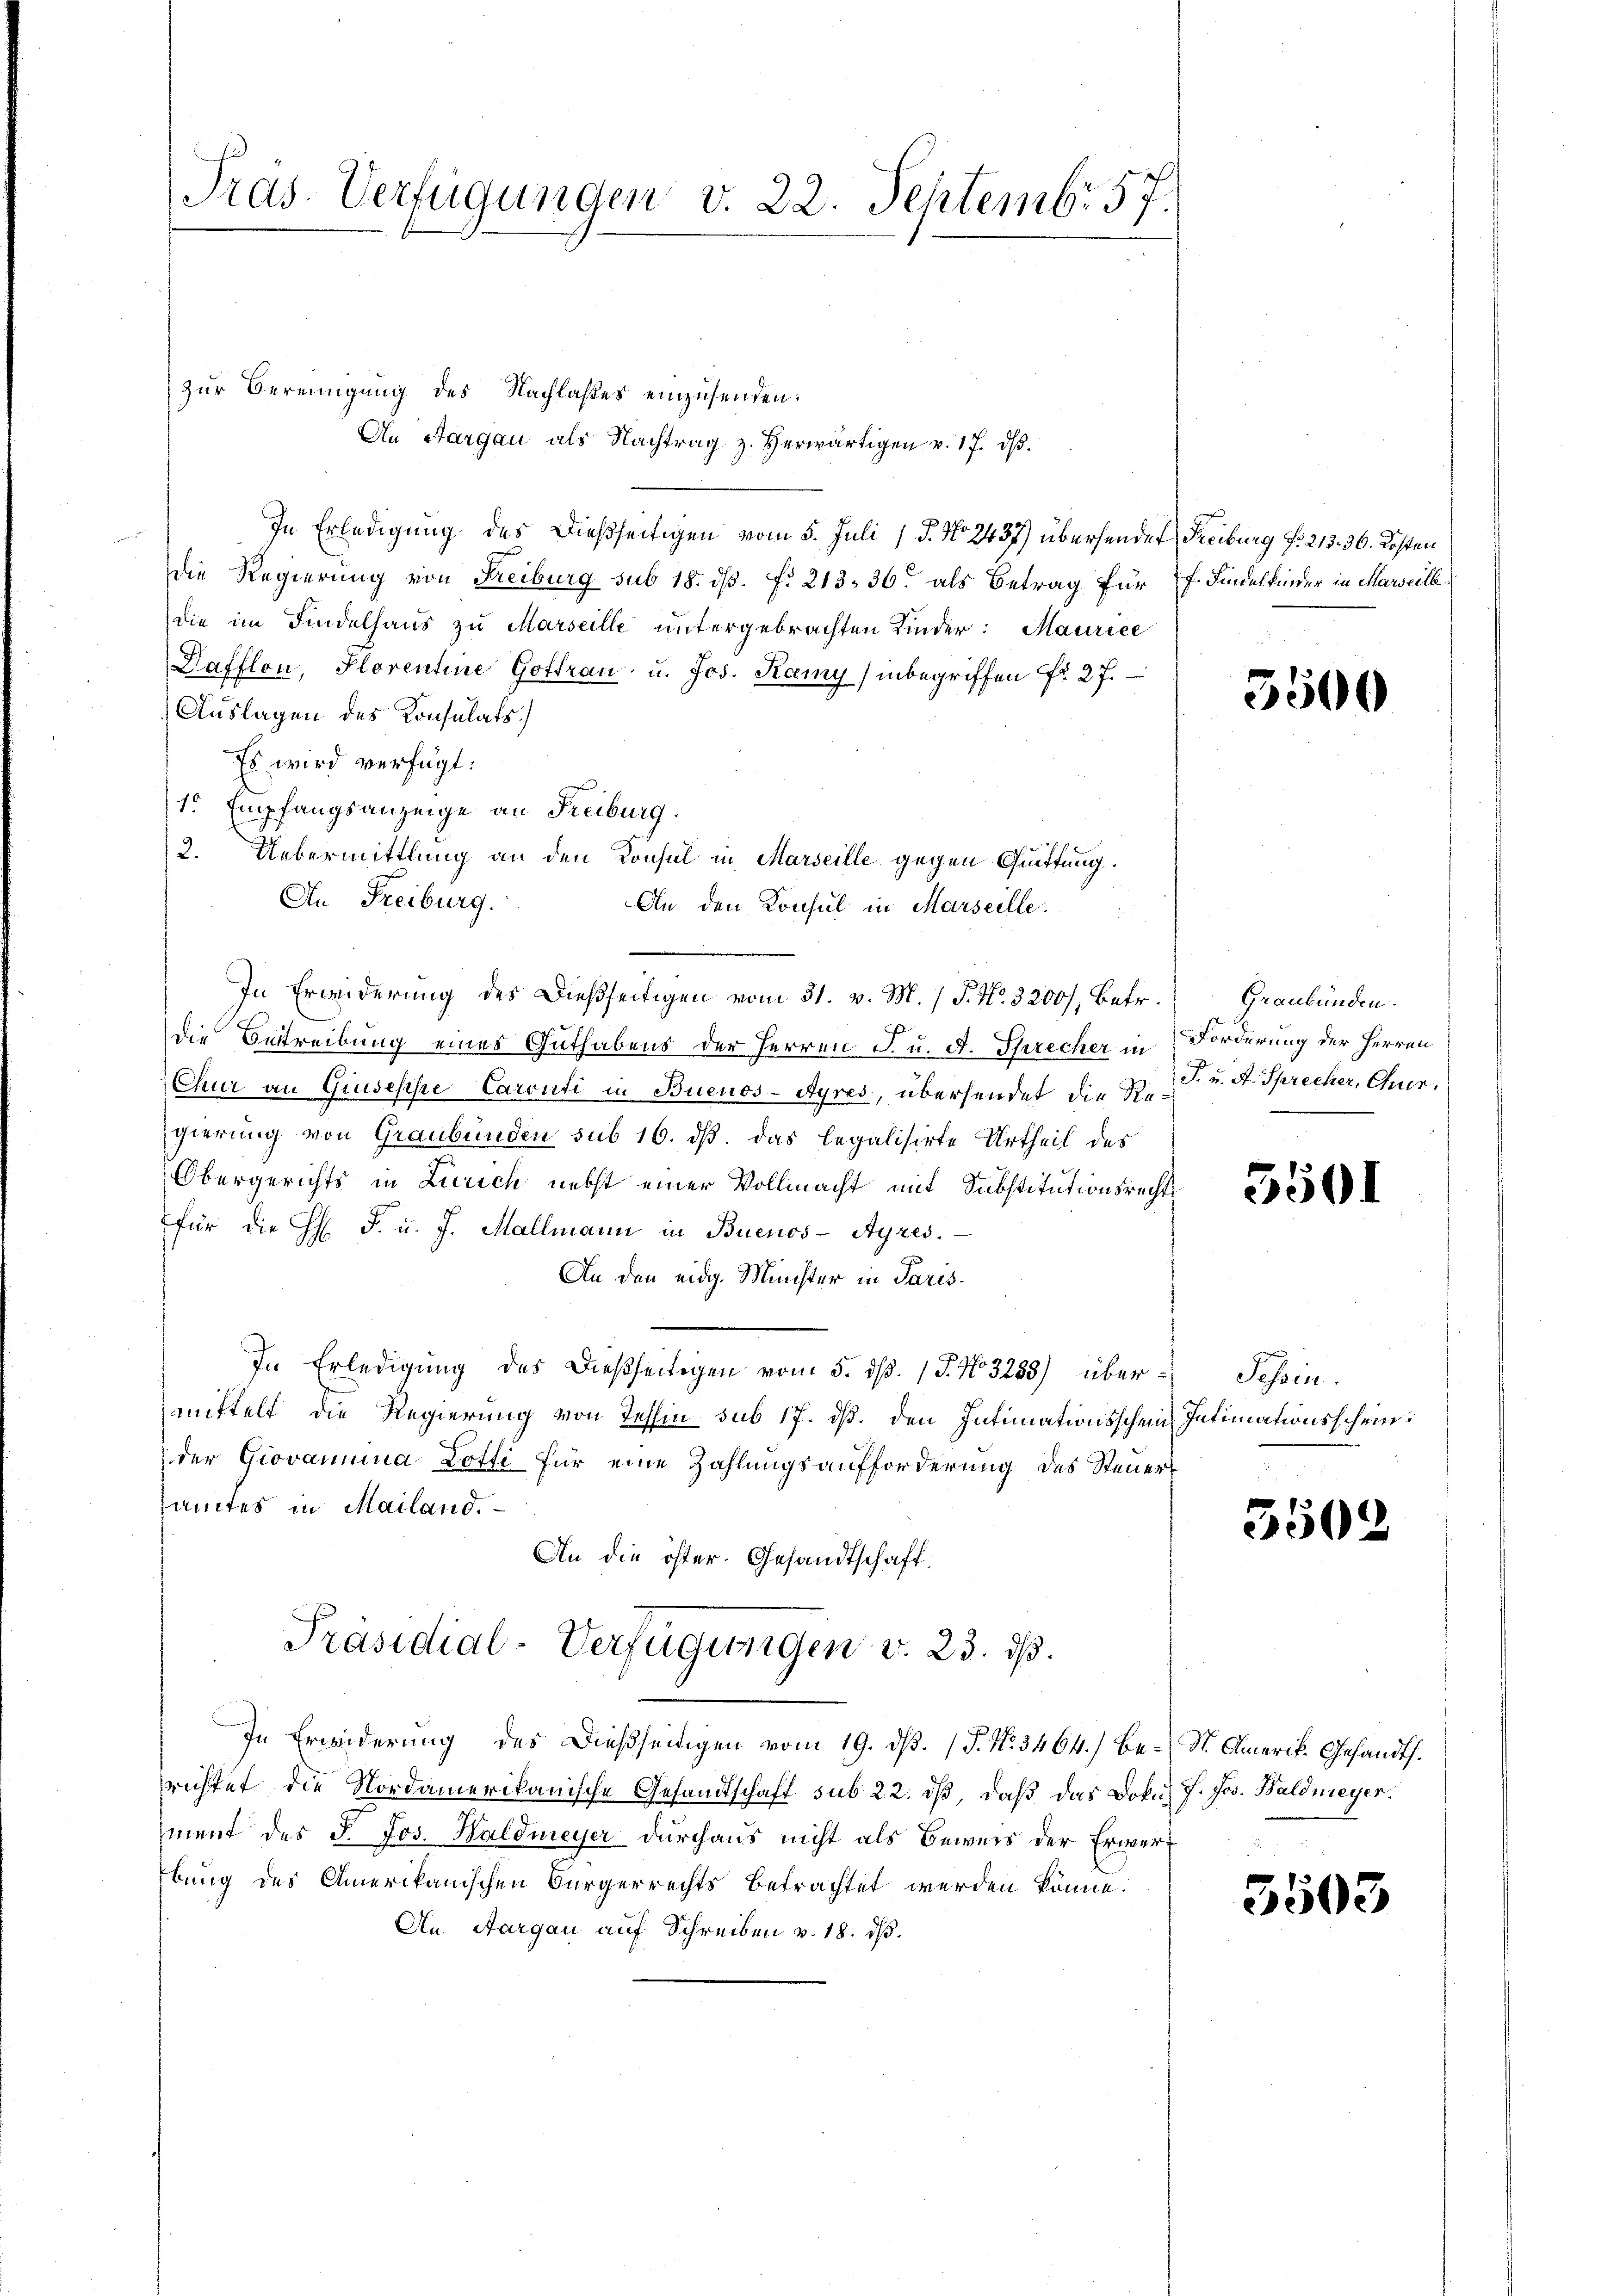
Pras. Verfügungen v. 22. Septembr 57.

zur Bereinigung des Nachlaßes einzusenden:
An Aargau als Nachtrag z. Herwärtigen v. 17. dβ.
In Erledigung des Dießseitigen vom 5. Juli 18. No 2437) übersendet Freiburg f. 213. 36. Kosten
Die Regierung von Freiburg sub 18. ds. f. 213, 36 als Betrag für
die im Findelhaus zu Marseille untergebrachten Kinder: Maurice
Dafflon, Plorentine Gottrau u. Jos. Keemy / inbegriffen Fr. 27.
Auslagen des Konsulats.)
Es wird verfügt:
1 Empfangsanzeige an Freiburg.
2. Uebermittlung an den Konsul in Marseille gegen Quittung.
An Freiburg.
An den Konsul in Marseille.
In Erwiderung des Dießseitigen vom 31. v. M. / P. Nr. 3200/, betr. Graubünden.
die Betreibung eines Guthabens der Herren J. u. A. Sprecher in
Chur an Giusesche Carenti in Buenos-Ayres, übersendet die h. T. u. A. Sprecher, Chur,
gierung von Graubünden sub 16. dß. das legalisirte Urtheil des
Obergerichts in Zürich nebst einer Vollmacht mit Substitutionsrecht
für die H. F. u. J. Mallmann in Buenos-Ayres.
An den eidg. Münster in Paris.
In Erledigung des Dießseitigen vom 5. d. J. No 3253) übermittelt die Regierung von Tessin sub 17. ds. den Intimationsscheinder Giovanina Lotti für eine Zahlungsaufforderung des Steuersamtes in Mailand.
An die öster. Gesandtschaft.
Präsidial-Verfügungen v. 23. d.
In Erwiderung des dießseitigen vom 19. ds. (T. No. 3464.) Be- St. Amerik. Gesandtsrichtet die Nordamerikanische Gesandtschaft sub 22. ds, daß das Dokuh 7. Jos. Waldmeyer.
ment des J. Jos. Haldmeyer durchaus nicht als Beweis der Erwerf
bung des Amerikanischen Bürgerrechts betrachtet werden könne.
An Aargau auf Schreiben v. 18. dß.

f. Findelkinder in Marseill

5500

Forderung der Herren

550.

Tessin.
Intimationsschein.

5502

3503